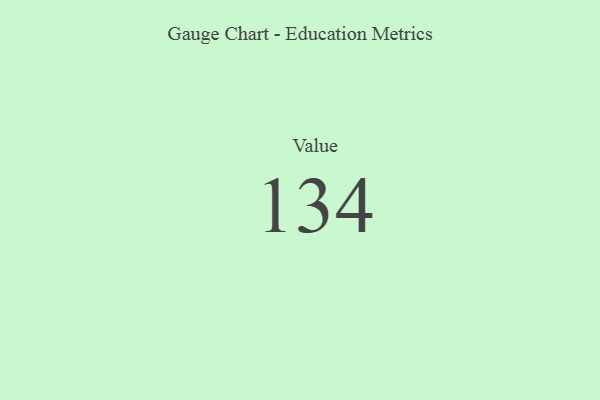
{"axis": {"x": "Metric", "y": "Value"}, "legend": [""], "data": [{"x": "Value", "y": 134, "type": ""}]}